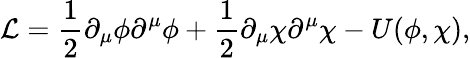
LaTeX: {\cal L}=\frac{1}{2}\partial_{\mu}\phi\partial^{\mu}\phi+\frac{1}{2}\partial_{\mu}\chi\partial^{\mu}\chi-U(\phi,\chi),